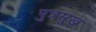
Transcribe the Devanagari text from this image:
पुत्रसुख